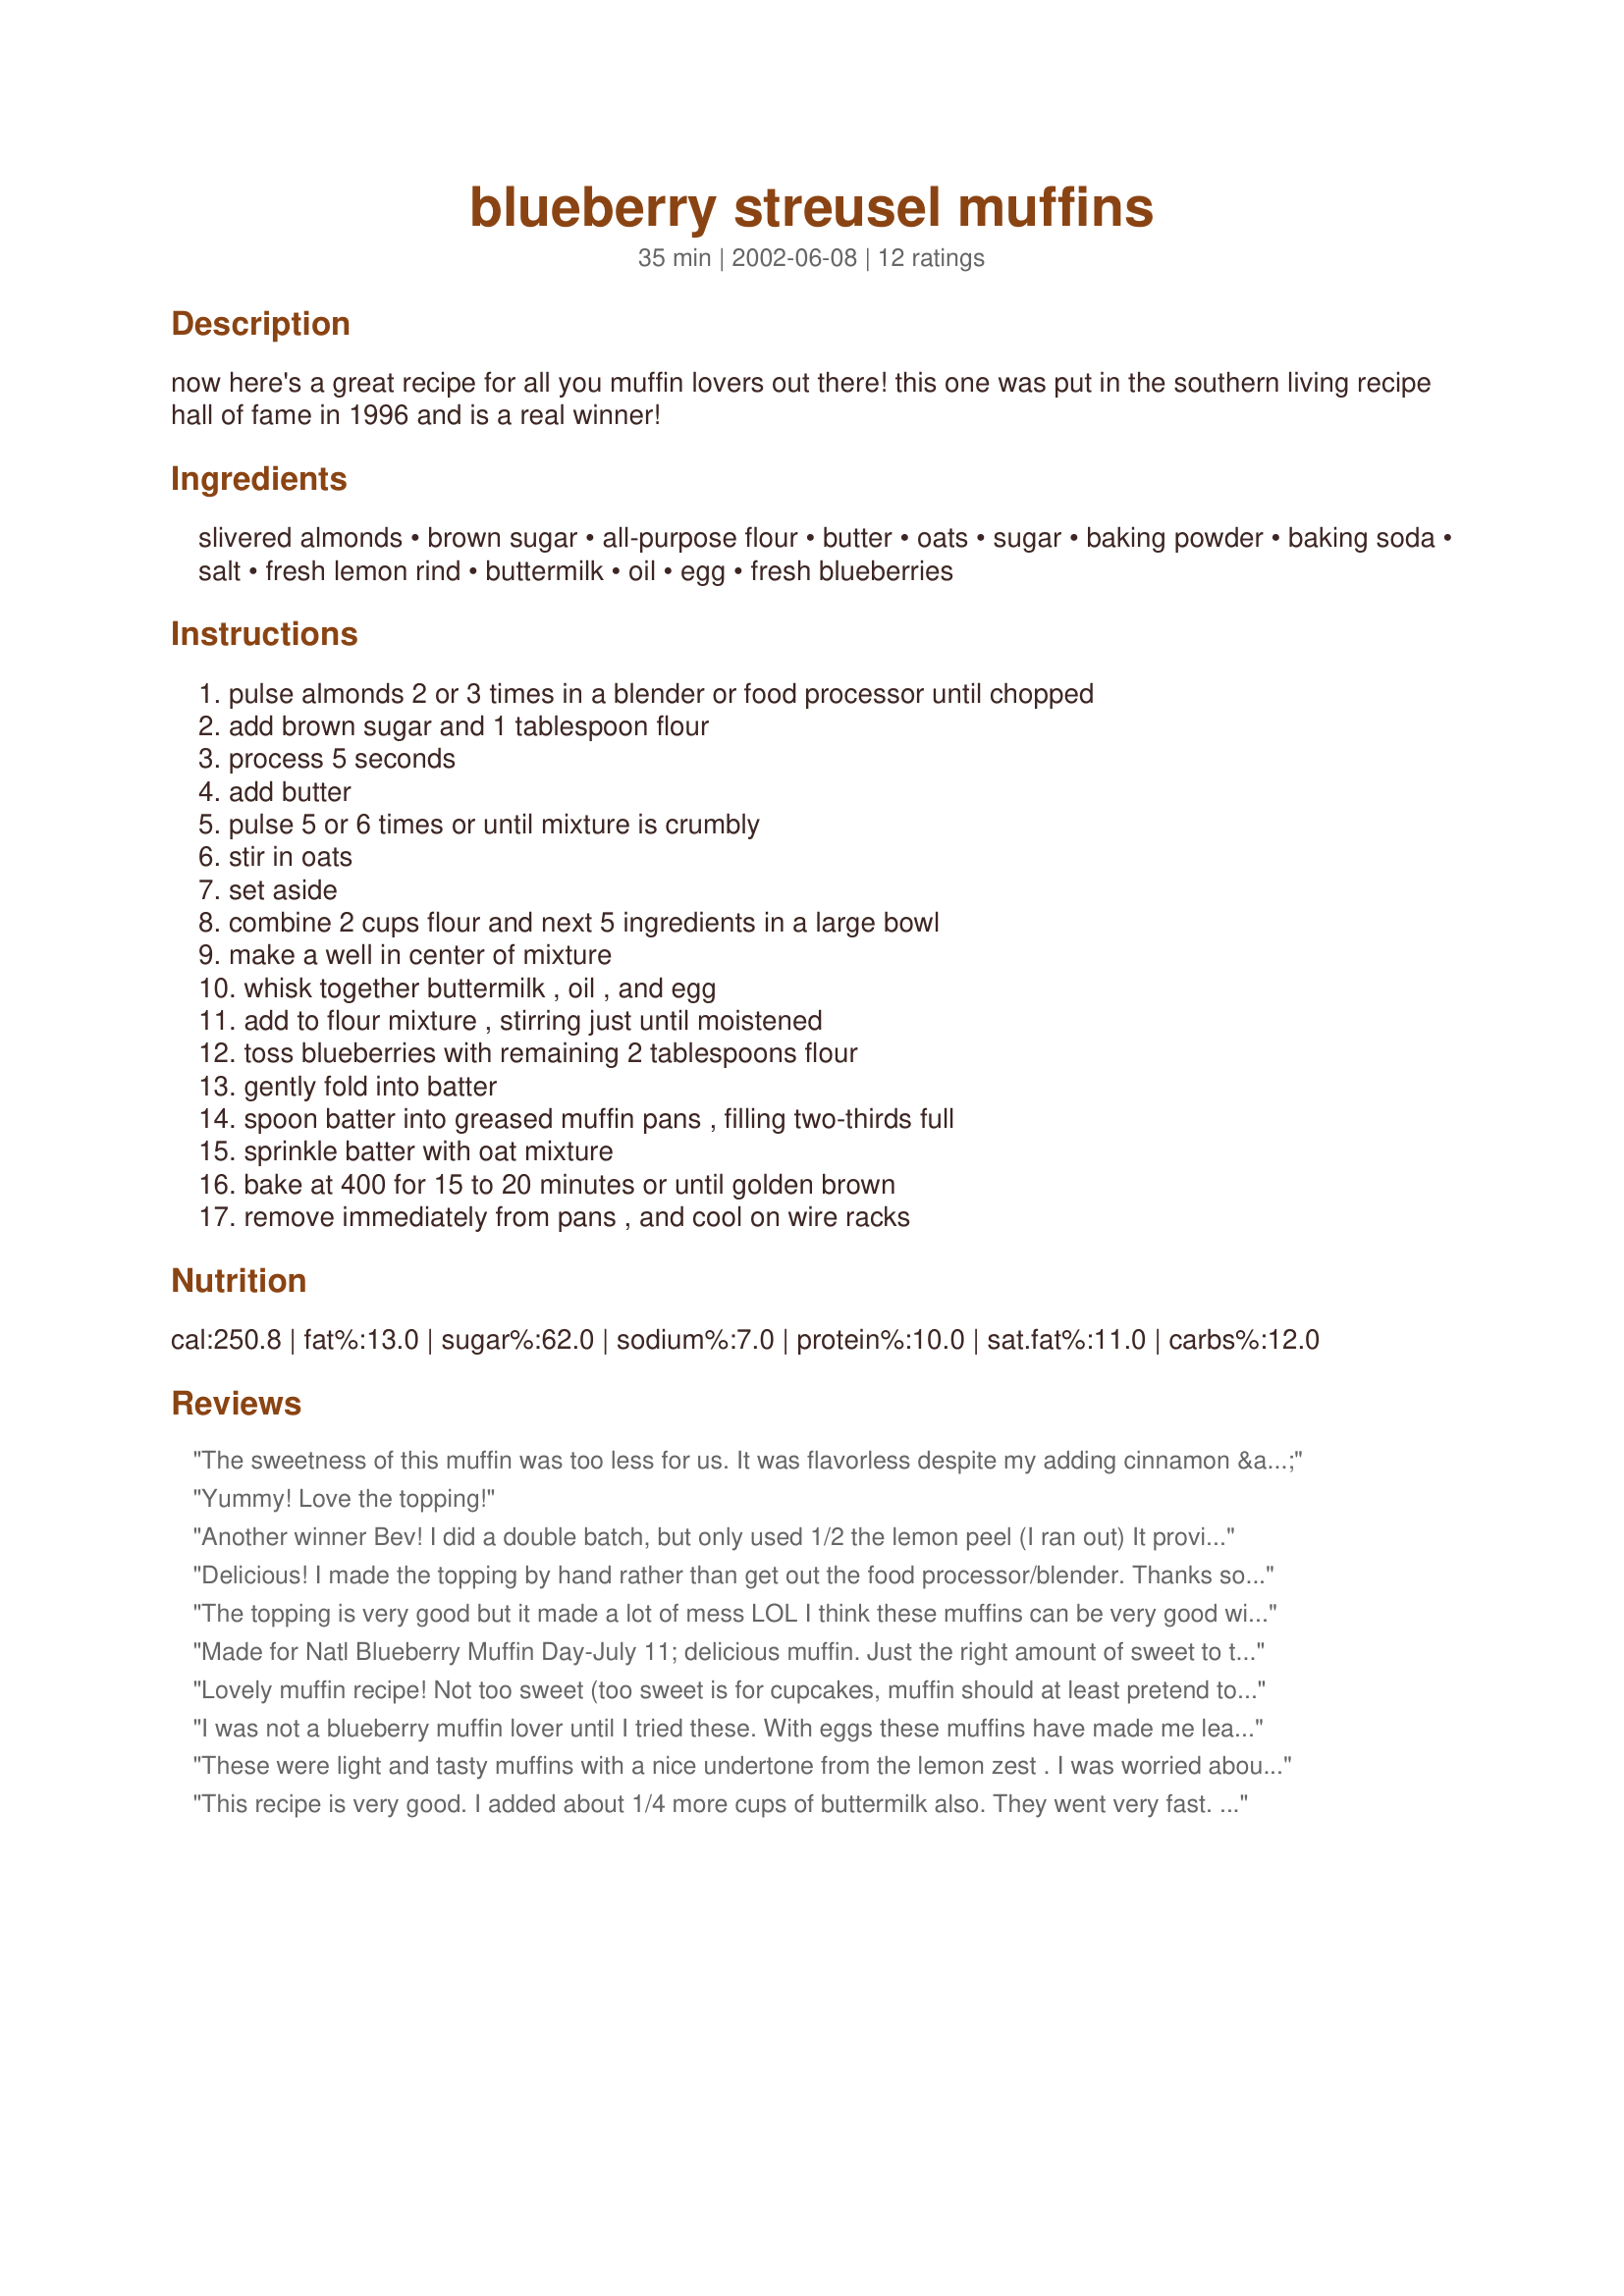
blueberry streusel muffins
Preparation time: 35 minutes

now here's a great recipe for all you muffin lovers out there! this one was put in the southern living recipe hall of fame in 1996 and is a real winner!

Ingredients:
slivered almonds, brown sugar, all-purpose flour, butter, oats, sugar, baking powder, baking soda, salt, fresh lemon rind, buttermilk, oil, egg, fresh blueberries

Steps:
pulse almonds 2 or 3 times in a blender or food processor until chopped, add brown sugar and 1 tablespoon flour, process 5 seconds, add butter, pulse 5 or 6 times or until mixture is crumbly, stir in oats, set aside, combine 2 cups flour and next 5 ingredients in a large bowl, make a well in center of mixture, whisk together buttermilk , oil , and egg, add to flour mixture , stirring just until moistened, toss blueberries with remaining 2 tablespoons flour, gently fold into batter, spoon batter into greased muffin pans , filling two-thirds full, sprinkle batter with oat mixture, bake at 400 for 15 to 20 minutes or until golden brown, remove immediately from pans , and cool on wire racks

Reviews:
The sweetness of this muffin was too less for us. It was flavorless despite my adding cinnamon & vanilla. It was just ok out of the oven but really tough & dry the next day. Did not like it at all...
Yummy! Love the topping!
Another winner Bev! I did a double batch, but only used 1/2 the lemon peel (I ran out) It provided PLENTY of fresh, lemon flavor. These muffins are moist with a thick batter that does a terrific job keeping the berries evenly distributed in the muffin. The recipe didn't specify what type of oil so, since I can never do anything simple, I used a combination of melted butter and walnut oil -- nut oils give baked goods a nice, mellow, flavor AND most of them are actually good for ya :-)
Delicious! I made the topping by hand rather than get out the food processor/blender. Thanks so much for sharing!
The topping is very good but it made a lot of mess LOL I think these muffins can be very good without the topping. Next time, I'll omit the topping. The muffin itself is so delicious. I used the lemon rind of 1 lemon. I used frozen blueberries. They needed to cook almost 23 minutes. Thanks Bev :) Made for Zaar Star game.
Made for Natl Blueberry Muffin Day-July 11; delicious muffin. Just the right amount of sweet to tart. THX!
Lovely muffin recipe! Not too sweet (too sweet is for cupcakes, muffin should at least pretend to be healthy!), plenty of blueberries, nice texture, heavenly crispy topping. I added about a quarter of a cup of buttermilk because the batter well... wasn't turning into batter (too much flour left at the bottom of the bowl, very dry ball of dough almost bread-like) and I used orange rind instead of lemon, which was surprisingly not overwhelming but rather very fresh and subtely complementary to the blueberries.
I was not a blueberry muffin lover until I tried these. With eggs these muffins have made me leave the toast behind! Moist and flaky they are best when they are warm!
These were light and tasty muffins with a nice undertone from the lemon zest . I was worried about the batter as it was a little stiff , but they turned out very nice . I LOVED the streusel topping ! I will be making these little yummies again , cause I got a freezer full of fresh picked blueberries just waitin to be used up in all my favorite ZAAR recipes !! Thanks for this one Bev !!!
This recipe is very good. I added about 1/4 more cups of buttermilk also. They went very fast. Thanks for the wonderful recipe
I made these today fo a playgroup and they were a big hit! I ran out of frozen blueberries, so I added some frozen raspberries and blackberries in addition. Also used lemon oil which is easy and has a great lemon flavor. The lightest muffins I've ever made! Thanks!
To: Bev

Holy Cow, Girl!! These muffins are wunerful, wunnerful, wunnerful!! Easy and fun to throw together. Had 'em for breakfast this a.m., and they went over big!

5 STARS for you!

Laudee C.
